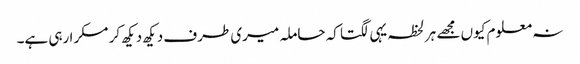
نہ معلوم کیوں مجھے ہر لحظہ یہی لگتا کہ حاملہ میری طرف دیکھ دیکھ کر مسکرا رہی ہے۔